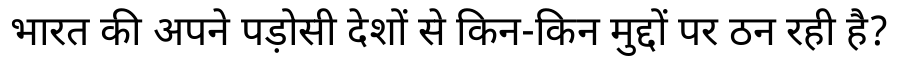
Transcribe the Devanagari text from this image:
भारत की अपने पड़ोसी देशों से किन-किन मुद्दों पर ठन रही है?